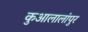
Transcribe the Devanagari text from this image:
कुआलालांपुर